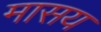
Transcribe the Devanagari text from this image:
मासय